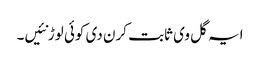
ایہ گل وی ثابت کرن دی کوئی لوڑ نئیں۔